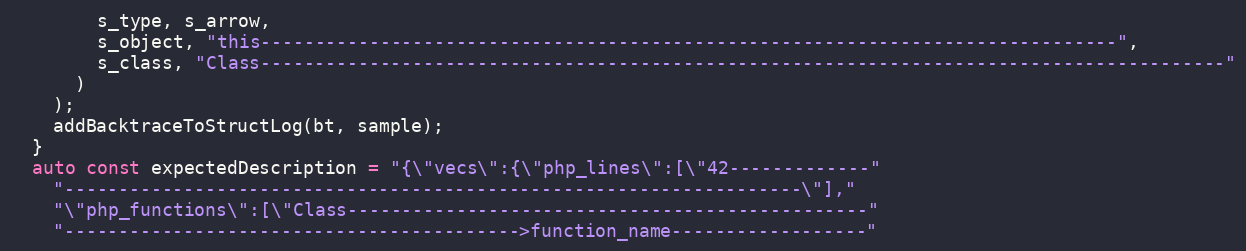
Language: C++
        s_type, s_arrow,
        s_object, "this-------------------------------------------------------------------------------",
        s_class, "Class-----------------------------------------------------------------------------------------"
      )
    );
    addBacktraceToStructLog(bt, sample);
  }
  auto const expectedDescription = "{\"vecs\":{\"php_lines\":[\"42-------------"
    "--------------------------------------------------------------------\"],"
    "\"php_functions\":[\"Class------------------------------------------------"
    "------------------------------------------>function_name------------------"